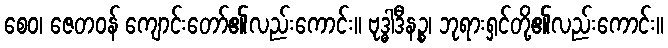
စေဝ၊ ဇေတဝန် ကျောင်းတော်၏လည်းကောင်း။ ဗုဒ္ဓါဒီနဉ္စ၊ ဘုရားရှင်တို့၏လည်းကောင်း။